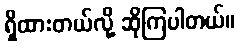
ရှိထားတယ်လို့ ဆိုကြပါတယ်။